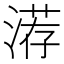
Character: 𰜨